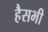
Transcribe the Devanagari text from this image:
हैसभी